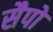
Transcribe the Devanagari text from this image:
सैपो